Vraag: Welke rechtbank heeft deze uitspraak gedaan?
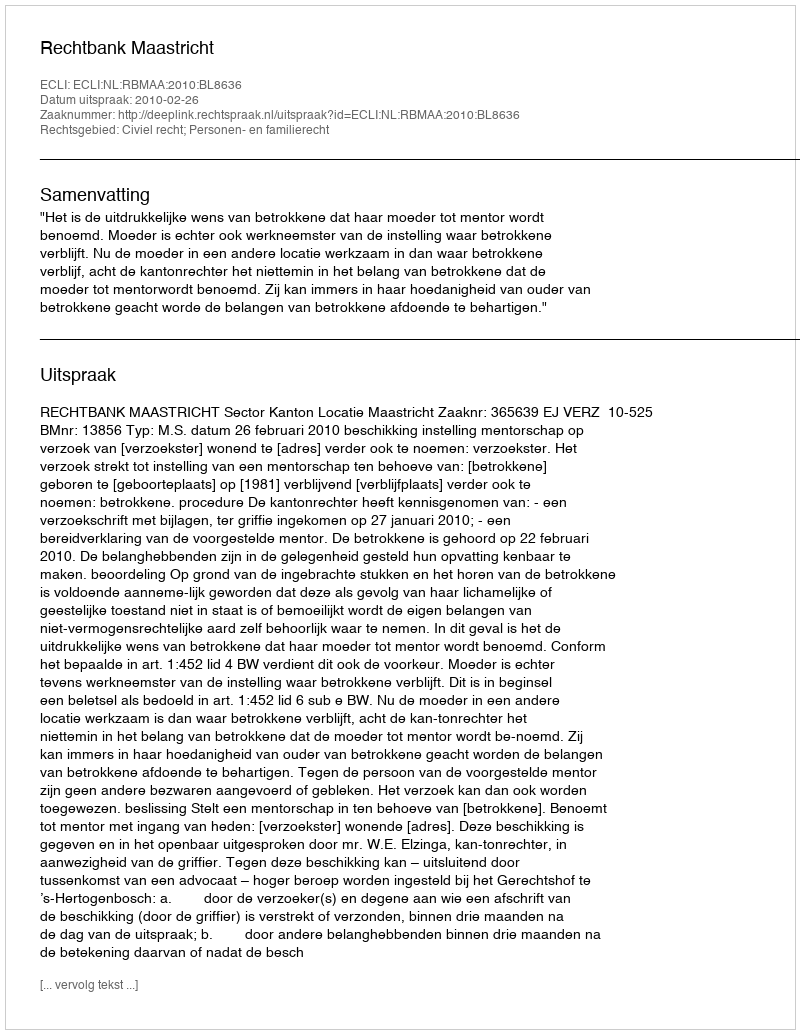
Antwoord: Rechtbank Maastricht